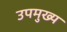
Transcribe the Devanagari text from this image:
उपमुख्य